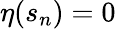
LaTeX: \eta(s_{n})=0